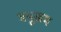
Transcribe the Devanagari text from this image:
मयूखम